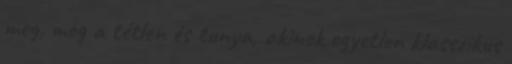
meg, meg a tétlen és tunya, akinek egyetlen klasszikus